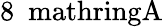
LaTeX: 8\ \mathrm{\ mathring{A}}